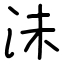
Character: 沬